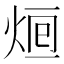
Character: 𤉑